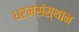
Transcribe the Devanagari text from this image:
धर्मसंस्थान